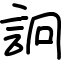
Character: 詗